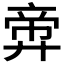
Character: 𪪶